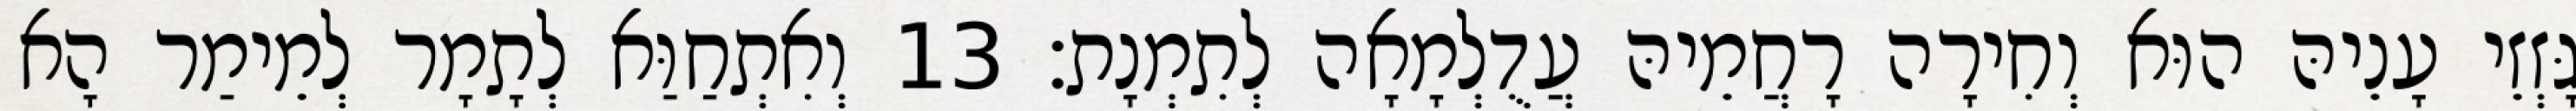
גָּזְזֵי עָנֵיהּ הוּא וְחִירָה רָחֲמֵיהּ עֲדֻלְמָאָה לְתִמְנָת׃ 13 וְאִתְחַוַּא לְתָמָר לְמֵימַר הָא